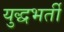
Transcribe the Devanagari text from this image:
युद्धभर्ती